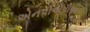
એનપીએપીઆઇ